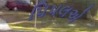
પિપલએ